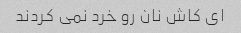
اى کاش نان رو خرد نمى کردند